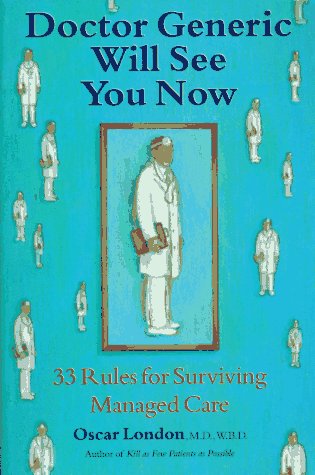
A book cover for Doctor Generic Will See You Now : 33 Rules for Surviving Managed Care; Oscar London; Health, Fitness & Dieting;